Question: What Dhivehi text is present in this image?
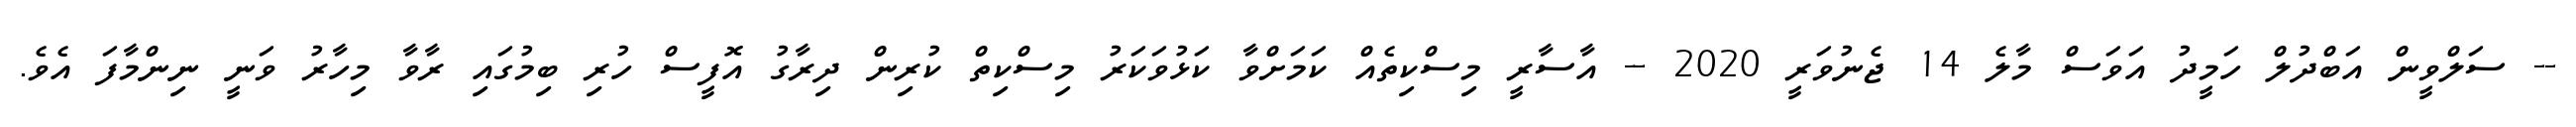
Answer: -- ސަލްވީން އަބްދުލް ހަމީދު އަވަސް މާލެ 14 ޖެނުވަރީ 2020 -- އާސާރީ މިސްކިތެއް ކަމަށްވާ ކަޅުވަކަރު މިސްކިތް ކުރިން ދިރާގު އޮފީސް ހުރި ބިމުގައި ރާވާ މިހާރު ވަނީ ނިންމާފަ އެވެ.